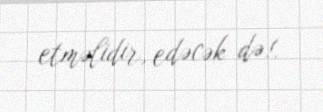
etməlidir, edəcək də!.